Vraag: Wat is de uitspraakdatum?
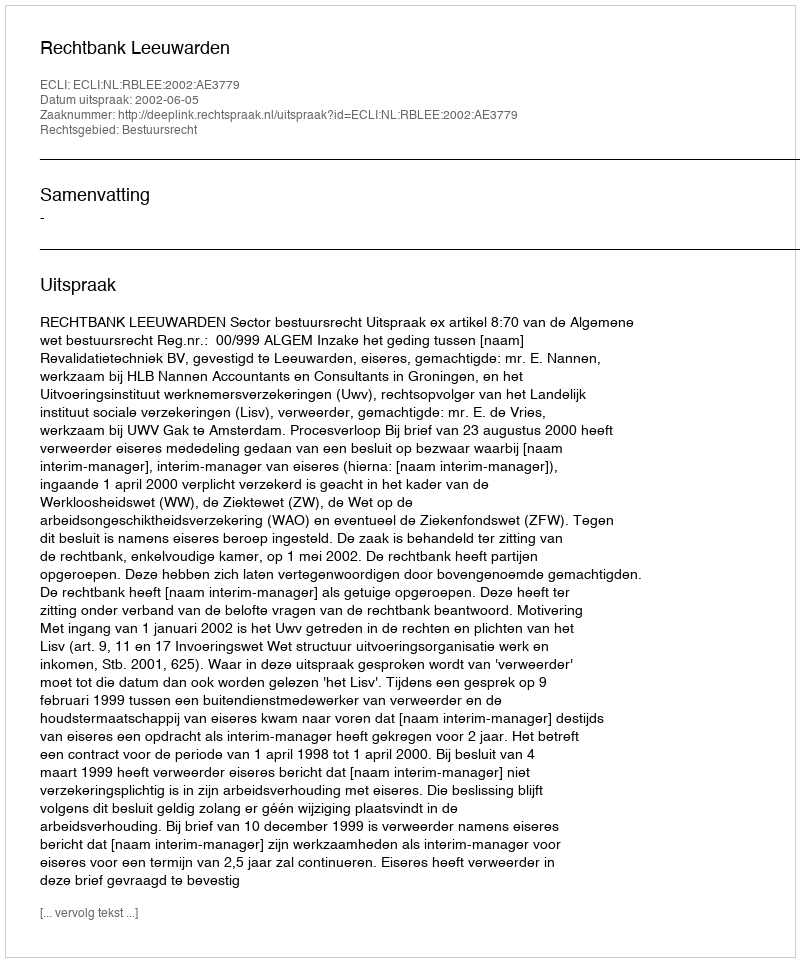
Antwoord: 2002-06-05